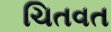
ચિતવત